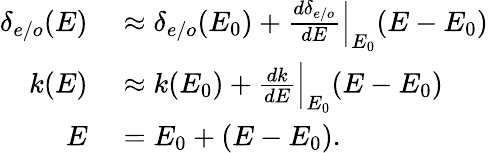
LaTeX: \begin{array}{rl}{\delta_{e/o}(E)}&{{}\approx\delta_{e/o}(E_{0})+\frac{d\delta_{e/o}}{dE}\Big|_{E_{0}}(E-E_{0})}\\ {k(E)}&{{}\approx k(E_{0})+\frac{dk}{dE}\Big|_{E_{0}}(E-E_{0})}\\ {E}&{{}=E_{0}+(E-E_{0}).}\end{array}